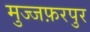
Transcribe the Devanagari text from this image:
मुज्जफ़रपुर